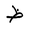
Letter: _za